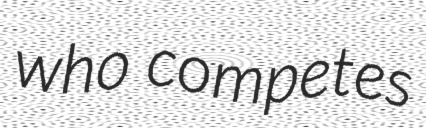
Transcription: who competes